Leprosy in India: report of the Leprosy Commission in India, 1890-91
Year: 1890
Disease focus: Leprosy
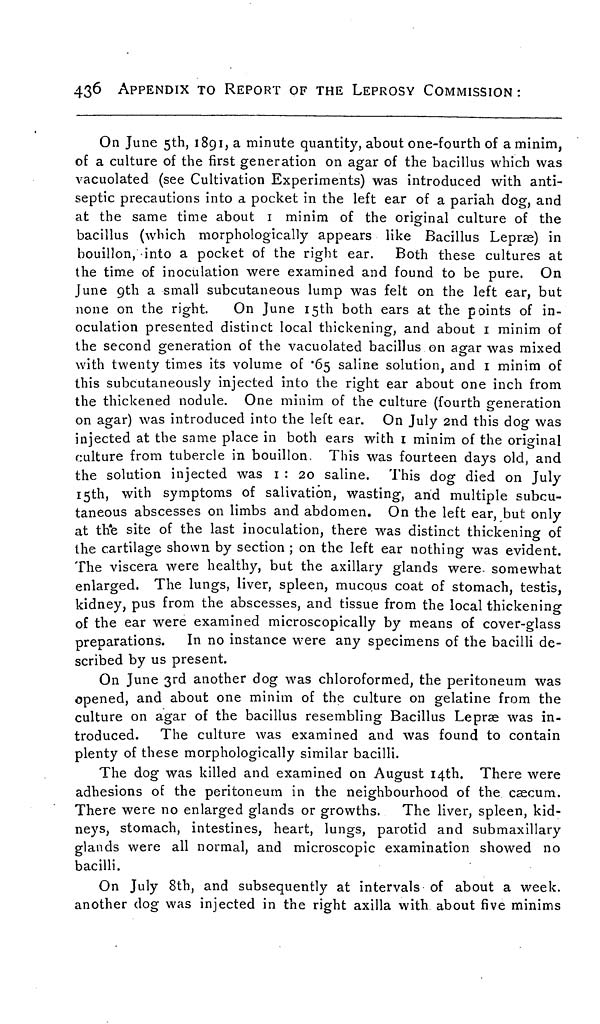
436
APPENDIX TO REPORT OF THE LEPROSY COMMISSION :
On June 5th, 1891, a minute quantity, about one-fourth of a minim,
of a culture of the first generation on agar of the bacillus which was
vacuolated (see Cultivation Experiments) was introduced with anti-
septic precautions into a pocket in the left ear of a pariah dog, and
at the same time about 1 minim of the original culture of the
bacillus (which morphologically appears like Bacillus Lepræ) in
bouillon, into a pocket of the right ear. Both these cultures at
the time of inoculation were examined and found to be pure. On
June 9th a small subcutaneous lump was felt on the left ear, but
none on the right.
On June 15th both ears at the points of in-
oculation presented distinct local thickening, and about I minim of
the second generation of the vacuolated bacillus on agar was mixed
with twenty times its volume of .65 saline solution, and 1 minim of
this subcutaneously injected into the right ear about one inch from
the thickened nodule. One minim of the culture (fourth generation
on agar) was introduced into the left ear. On July 2nd this dog was
injected at the same place in both ears with 1 minim of the original
culture from tubercle in bouillon. This was fourteen days old, and
the solution injected was 1 : 20 saline. This dog died on July
15th, with symptoms of salivation, wasting, and multiple subcu-
taneous abscesses on limbs and abdomen. On the left ear, but only
at the site of the last inoculation, there was distinct thickening of
the cartilage shown by section ; on the left ear nothing was evident.
The viscera were healthy, but the axillary glands were somewhat
enlarged. The lungs, liver, spleen, mucous coat of stomach, testis,
kidney, pus from the abscesses, and tissue from the local thickening
of the ear were examined microscopically by means of cover-glass
preparations. In no instance were any specimens of the bacilli de-
scribed by us present.
On June 3rd another dog was chloroformed, the peritoneum was
opened, and about one minim of the culture on gelatine from the
culture on agar of the bacillus resembling Bacillus Lepræ was in-
troduced. The culture was examined and was found to contain
plenty of these morphologically similar bacilli.
The dog was killed and examined on August 14th. There were
adhesions of the peritoneum in the neighbourhood of the cæcum.
There were no enlarged glands or growths. The liver, spleen, kid-
neys, stomach, intestines, heart, lungs, parotid and submaxillary
glands were all normal, and microscopic examination showed no
bacilli.
On July 8th, and subsequently at intervals of about a week.
another dog was injected in the right axilla with about five minims